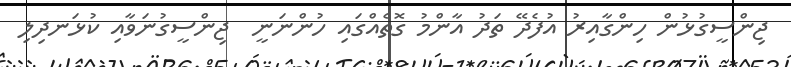
ޖިންސީގުޅުން ހިންގާއިރު އުފެދޭ ތަދު އާންމު ގޮތެއްގައި ހުންނަނީ  ޖިންސީގުނަވާއި ކުޅަނދިލި